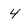
Character: 4